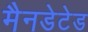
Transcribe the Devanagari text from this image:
मैनडेटेड